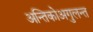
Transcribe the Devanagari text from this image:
अन्तिकोअगुलन्त